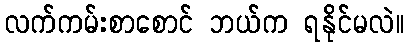
လက်ကမ်းစာစောင် ဘယ်က ရနိုင်မလဲ။